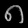
Digit: ၈